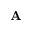
{ \bf A }